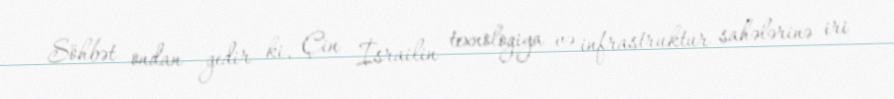
Söhbət ondan gedir ki, Çin İsrailin texnologiya və infrastruktur sahələrinə iri